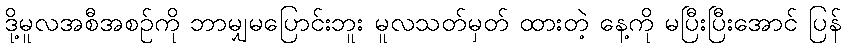
ဒို့မူလအစီအစဉ်ကို ဘာမျှမပြောင်းဘူး မူလသတ်မှတ် ထားတဲ့ နေ့ကို မပြီးပြီးအောင် ပြန်